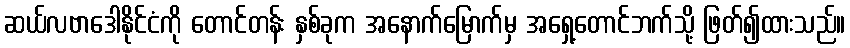
ဆယ်လဗာဒေါနိုင်ငံကို တောင်တန်း နှစ်ခုက အနောက်မြောက်မှ အရှေ့တောင်ဘက်သို့ ဖြတ်၍ထားသည်။